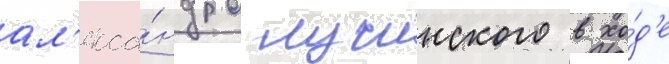
ал'екса́ндра лучинского в хо́д'е